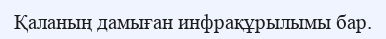
Қаланың дамыған инфрақұрылымы бар.